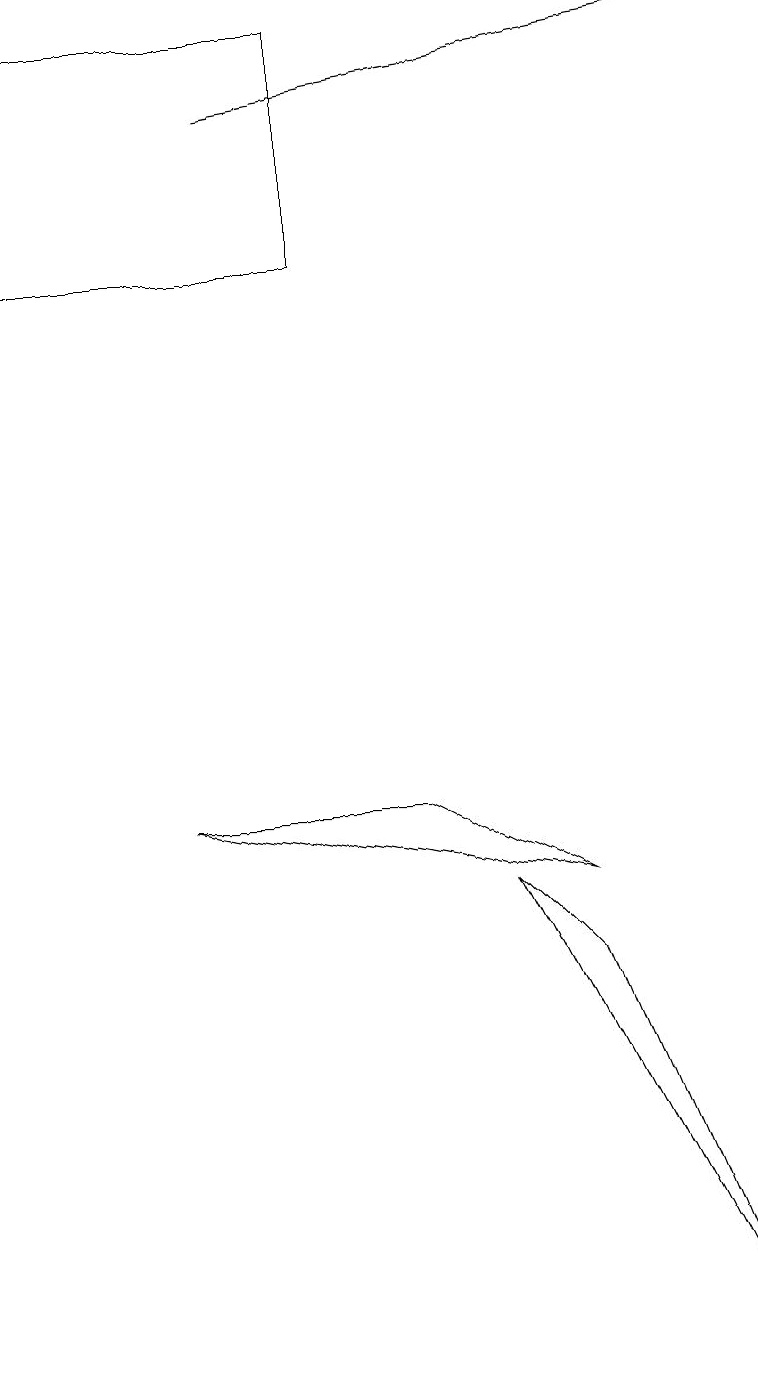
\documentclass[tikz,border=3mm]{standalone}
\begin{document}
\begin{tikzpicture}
\draw (0,14) rectangle (4,17);
\draw (6,6) -- (7,5) -- (9,0) -- cycle;
\draw[->] (3,16) -- (9,17);
\draw (7,6) -- (2,7) -- (5,7) -- cycle;
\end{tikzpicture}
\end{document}